Vaccination North-Western Provinces and Oudh 1878-1895 - 1878-1895
Year: 1878
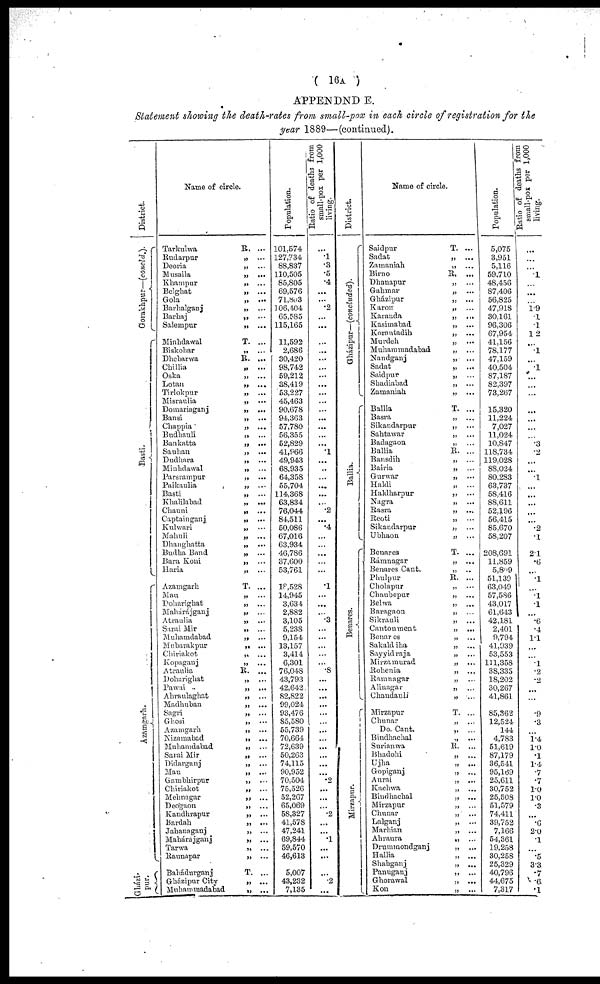
( 16A )
APPENDND E.
Statement showing the death-rates from small-pox in each circle of registration for the
year 1889—(continued).
District.
Gorakhpur—(concld,).
Basti.
Åzamgrarh.
Ghází¬
pur.
Name of circle.
Tarkulwa
R. ...
Rudarpur
„ ...
Deoria
„ ...
Musaila
„ ...
Khampur
„ ...
Belghat
„ ...
Gola
„ ...
Barhalganj
„ ...
Barhaj
„ ...
Salempur
„ ...
Minhdawal
T. ...
Biskohar
„ ...
Dhebarwa
R. ,..
Chillia
„ ...
Oska
„ ...
Lotan
„ ...
Tirlokpur
„ ...
Misraulia
„ ...
Domariaganj
„ ...
Bansi
„ ...
Chappia
„ ...
Budhauli
„ ...
Bankatta
„ ...
Sauhan
„ ...
Dudhara
„ ...
Minhdawal
„ ...
Parsrampur
„ ...
Paikaulia
„ ...
Basti
„ ...
Khalilabad
„ ...
Chauni
„ ...
Captainganj
„ ...
Kulwari
„ ...
Mahuli
„ ...
Dhanghatta
„ ...
Budha Band
„ ...
Bara Koni
„ ...
Haria
„ ...
Azamgarh
T. ...
Mau
„ ...
Doharighat
„ ...
Maharájganj
„ ...
Atraulia
„ ...
Sarai Mir
„ ...
Muhamdabad
„ ...
Mubarakpur
„ ...
Chiriakot
„ ...
Kopaganj
„ ...
Atraulia
R. ...
Dobarighat
„ ...
Pawai
„ ...
Ahraulaghat
„ ...
Madhuban
„ ...
Sagri
„ ...
Ghosi
„ ...
Azamgarh
„ ...
Nizamabad
„ ...
Muhamdabad
„ ...
Sarai Mir
„ ...
Didarganj
„ ...
Mau
„ ...
Gambhirpur
„ ...
Chiriakot
„ ...
Mehnagar
„ ...
Deogaon
„ ...
Kandhrapur
„ ...
Bardah
„ ...
Jahanaganj
„ ...
Mahárajganj
„ ...
Tarwa
„ ...
Raunapar
„ ...
Bahádurganj
T. ...
Gházipur City
„ ...
Muhammadabad
„ ...
Population.
101,574
127,734
88,837
110,505
85,805
69,576
71,803
106,404
65,585
115,165
11,592
2,686
30,420
98,742
59,212
38,419
53,227
45,463
90,678
94,363
57,780
56,355
52,829
41,966
49,943
68,935
64,358
55,704
114,368
63,834
76,044
84,511
50,086
67,016
63,934
46,786
37,600
53,761
18,528
14,945
3,634
2,882
3,105
5,238
9,154
13,157
3,414
6,301
76,048
43,793
42,642
82,822
99,024
93,476
85,580
55,739
70,664
72,639
50,263
74,115
90,952
70,504
75,526
52,267
65,069
58,327
41,578
47,241
69,844
59,570
46,613
5,007
43,232
7,135
Ratio of deaths from
small-pox per 1,000
living.
...
.1
.3
.5
.4
...
...
.2
...
...
...
...
...
...
...
...
...
...
...
...
...
...
...
.1
...
...
...
...
...
...
.2
...
.4
...
...
...
...
...
.1
...
...
...
.3
...
...
...
...
...
.8
...
...
...
...
...
...
...
...
...
...
...
...
.2
...
...
...
.2
...
...
.1
...
...
...
.2
...
District.
Gházipur—(concluded).
Ballia.
Benares.
Mirzapur.
Name of circle.
Saidpur
T. ...
Sadat
„ ...
Zamaniah
„ ...
Birno
R. ...
Dhanapur
„ ...
Gahmar
„ ...
Gházipur
„ ...
Karon
„ ...
Karanda
„ ...
Kasimabad
„ ...
Korantadih
„ ...
Murdeh
„ ...
Muhammadabad
„ ...
Nandganj
„ ...
Sadat
„ ...
Saidpur
„ ...
Shadiabad
„ ...
Zamaniah
„ ...
Ballia
T. ...
Basra
„ ...
Sikandarpur
„ ...
Sahtawar
„ ...
Badagaon
„ ...
Ballia
R. ...
Bansdih
„ ...
Bairia
„ ...
Gurwar
„ ...
Haldi
„ ...
Haldharpur
„ ...
Nagra
„ ...
Rasra
„ ...
Reoti
„ ...
Sikandarpur
„ ...
Ubhaon
„ ...
Benares
T. ...
Rámnagar
„ ...
Benares Cant.
„ ...
Phulpur
R. ...
Cholapur
„ ...
Chaubepur
„ ...
Belwa
„ ...
Baragaon
„ ...
Sikrauli
„ ...
Cantonment
„ ...
Benares
„ ...
Sakaldiha
„ ...
Sayyidraja
„ ...
Mirzamurad
„ ...
Rohenia
„ ...
Ramnagar
„ ...
Alinagar
„ ...
Chaudauli
„ ...
Mirzapur
T. ...
Chunar
„ ...
Do. Cant.
„ ...
Bindhachal
„ ...
Surianwa
R. ...
Bhadohi
„ ...
Ujha
„ ...
Gopiganj
„ ...
Aurai
„ ...
Kachwa
„ ...
Biudhachal
„ ...
Mirzapur
„ ...
Chunar
„ ...
Lalganj
„ ...
Marhian
„ ...
Ahraura
„ ...
Drummondganj
„ ...
Hallia
„ ...
Shahganj
„ ...
Panuganj
„ ...
Ghorawal
„ ...
Kon
„
Population.
5,075
3,951
5,116
59,710
48,456
87,406
56,825
47,918
30,161
96,306
67,954
41,156
78,177
47,159
40,504
87,187
82,397
73,267
15,320
11,224
7,027
11,024
10,847
118,734
119,028
88,024
80,283
63,737
58,416
88,611
52,196
56,415
85,670
58,207
208,691
11,859
5,809
51,139
63,049
57,586
43,017
61,643
42,181
2,401
9,794
41,939
53,553
111,358
38,335
18,202
30,267
41,861
85,362
12,524
144
4,783
51,619
87,179
36,541
95,169
25,611
30,752
25,508
51,579
74,411
39,752
7,166
54,361
19,258
30,258
25,329
40,796
44,675
7,317
Ratio or deaths from
small-pox per 1,000
living.
...
...
...
.1
...
...
...
1.9
.1
.1
1.2
...
.1
...
.1
...
...
...
...
...
...
...
.3
.2
...
...
.1
...
...
...
...
...
.2
.1
2.1
.6
...
.1
...
.1
.1
...
.6
.4
1.1
...
...
.1
.2
.2
...
...
.9
.3
...
1.4
1.0
.1
1.4
.7
.7
1.0
1.0
.3
...
.6
2.0
.1
...
.5
3.3
.7
.6
.1